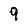
Character: 9